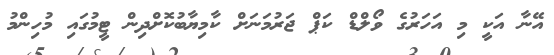
އޭނާ އަކީ މި އަހަރުގެ ވޯލްޑް ކަޕް ޖަރުމަނަށް ކާމިޔާބުކޮށްދިން ޓީމުގައި މުހިންމު